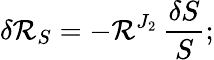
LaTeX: \delta\mathcal{R}_{S}=-\mathcal{R}^{J_{2}}\, \frac{\delta S}{S};